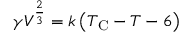
\gamma V ^ { \frac { 2 } { 3 } } = k \left( T _ { \mathrm { C } } - T - 6 \right)